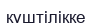
күштілікке